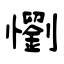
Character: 懰